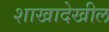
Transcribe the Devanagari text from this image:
शाखादेखील